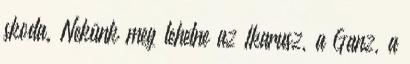
skoda. Nekünk meg lehetne az Ikarusz, a Ganz, a